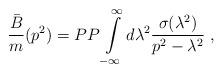
LaTeX: \begin{align*}{\bar B\over m}(p^2)=PP\int\limits^\infty_{-\infty}d\lambda^2{\sigma(\lambda^2)\over p^2-\lambda^2}\; ,\end{align*}